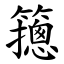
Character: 䉥